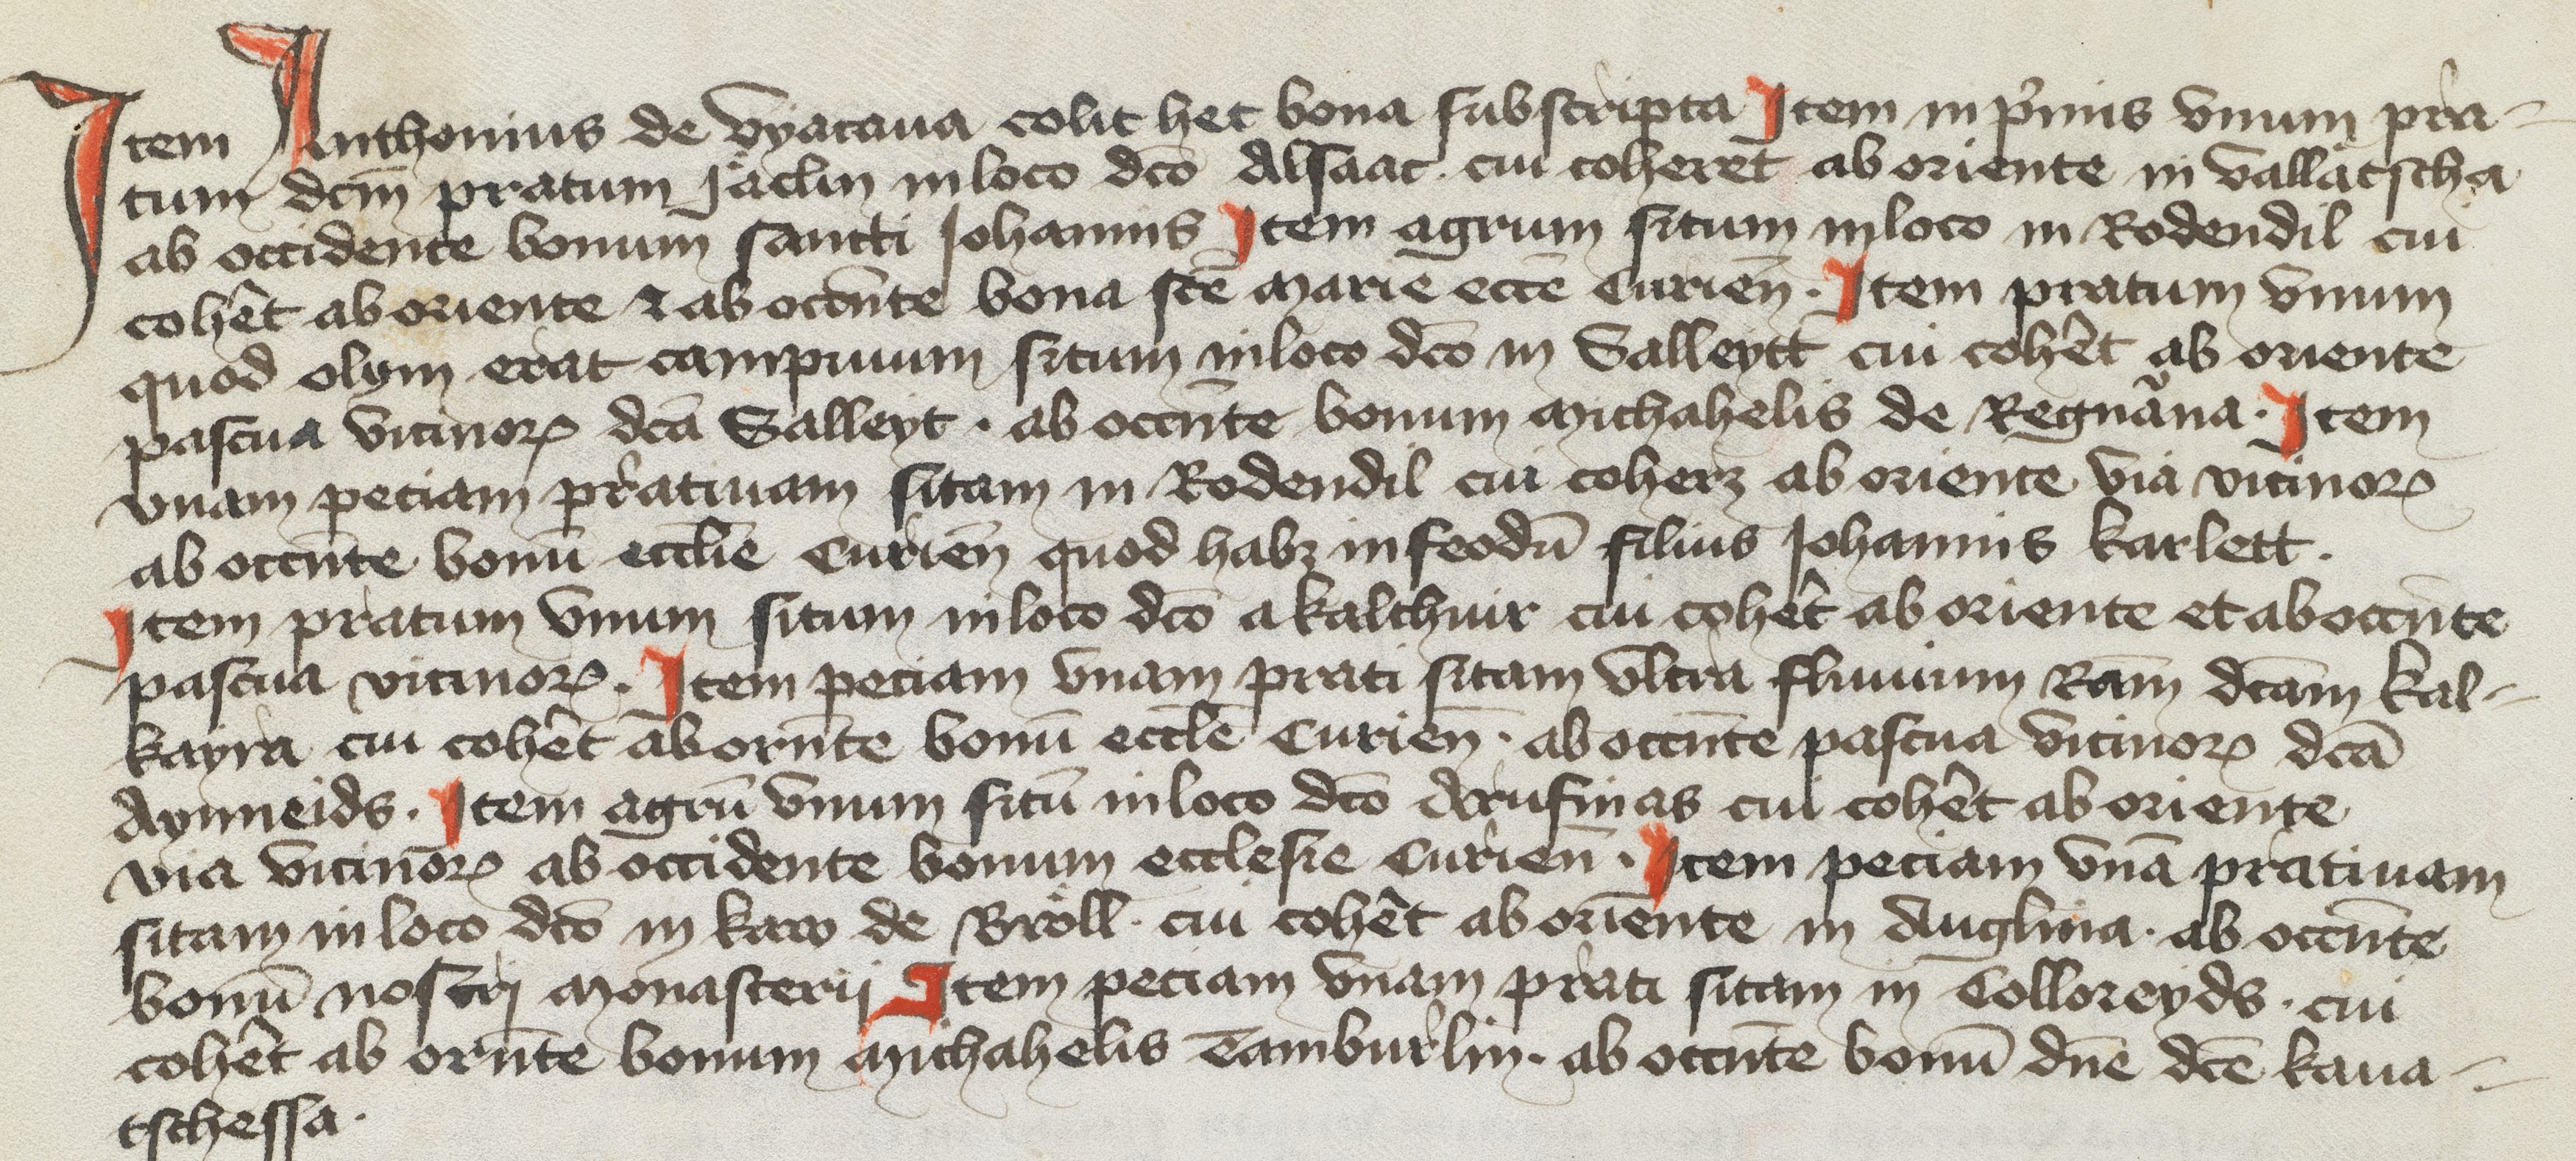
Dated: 1394–1394